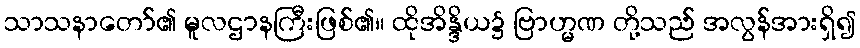
သာသနာတော်၏ မူလဌာနကြီးဖြစ်၏။ ထိုအိန္ဒိယ၌ ဗြာဟ္မဏ တို့သည် အလွန်အားရှိ၍